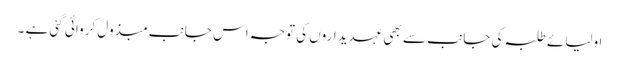
اولیائے طلبہ کی جانب سے بھی عہدیداروں کی توجہ اس جانب مبذول کروائی گئی ہے ۔